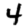
Digit: 4